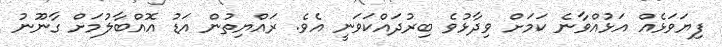
ފިޔަވަޅެއް އަޅުއްވާނެ ކަމަށް ވިދާޅުވެ ބިރުދައްކަވަނީ އެވެ. ރައްޔިތުން އަޑު އޮއްބާލުމަށް ގާނޫނު